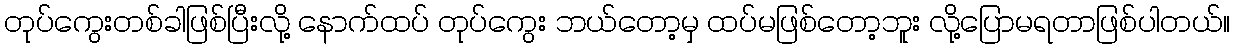
တုပ်ကွေးတစ်ခါဖြစ်ပြီးလို့ နောက်ထပ် တုပ်ကွေး ဘယ်တော့မှ ထပ်မဖြစ်တော့ဘူး လို့ပြောမရတာဖြစ်ပါတယ်။